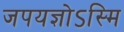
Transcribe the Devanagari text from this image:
जपयज्ञोऽस्मि